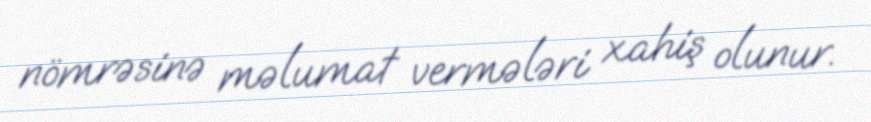
nömrəsinə məlumat vermələri xahiş olunur.